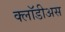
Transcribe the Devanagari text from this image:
क्लॉडीअस